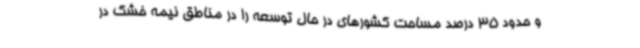
و حدود 35 درصد مساحت کشورهای در حال توسعه را در مناطق نیمه خشک در